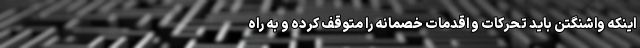
اینکه واشنگتن باید تحرکات و اقدمات خصمانه را متوقف کرده و به راه